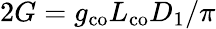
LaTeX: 2G=g_{\mathrm{co}}L_{\mathrm{co}}D_{1}/\pi